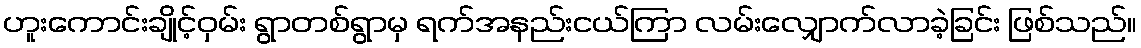
ဟူးကောင်းချိုင့်ဝှမ်း ရွာတစ်ရွာမှ ရက်အနည်းငယ်ကြာ လမ်းလျှောက်လာခဲ့ခြင်း ဖြစ်သည်။